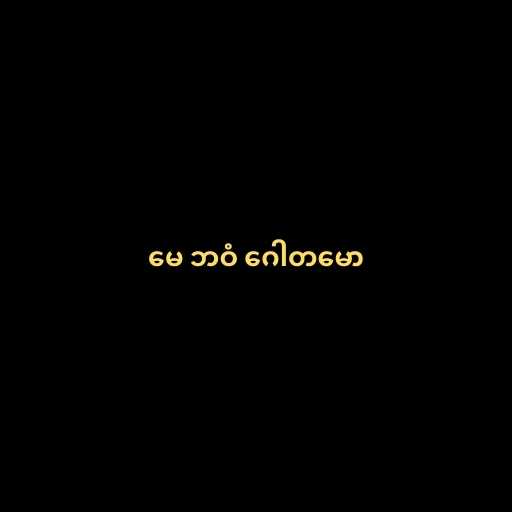
မေ ဘဝံ ဂေါတမော